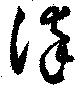
染